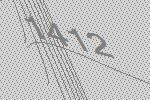
1412